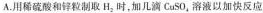
A.用稀硫酸和锌粒制取H_{2}时，加几滴CuSO_{4}溶液以加快反应